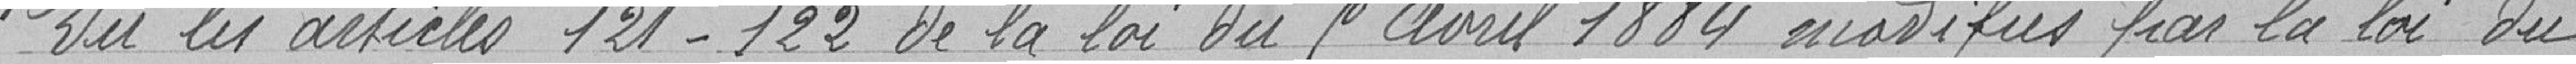
Vu les articles 121-122 de la loi du 5 avril 1884 modifiés par la loi du